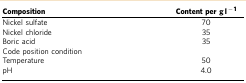
<table><thead><tr><td><b>Composition</b></td><td><b>Content per g l<sup>−1</sup></b></td></tr></thead><tbody><tr><td>Nickel sulfate</td><td>70</td></tr><tr><td>Nickel chloride</td><td>35</td></tr><tr><td>Boric acid</td><td>35</td></tr><tr><td>Code position condition</td><td> </td></tr><tr><td>Temperature</td><td>50</td></tr><tr><td>pH</td><td>4.0</td></tr></tbody></table>